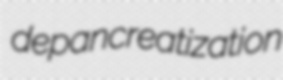
depancreatization